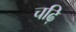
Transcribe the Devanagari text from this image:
चढ़ि